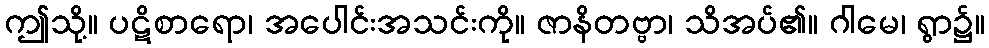
ဤသို့။ ပဋိစာရော၊ အပေါင်းအသင်းကို။ ဇာနိတဗ္ဗာ၊ သိအပ်၏။ ဂါမေ၊ ရွာ၌။